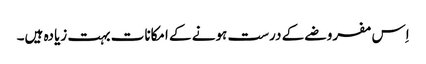
اِس مفروضے کے درست ہونے کے امکانات بہت زیادہ ہیں۔